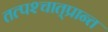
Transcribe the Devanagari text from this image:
तत्पश्‍चात्‌प्रान्त